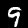
Digit: 9